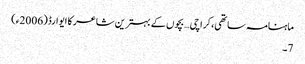
ماہنامہ ساتھی،کراچی… بچوں کے بہترین شاعر کا ایوارڈ(2006ء)
7۔